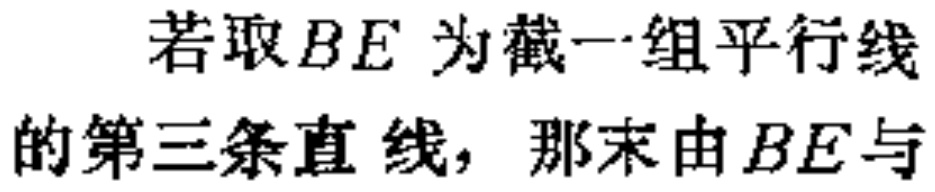
若取$BE$为截一组平行线的第三条直线，那末由$BE$与